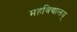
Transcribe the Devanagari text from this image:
महविद्यालय्